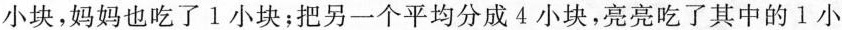
小块，妈妈也吃了1小块；把另一个平均分成4小块，亮亮吃了其中的1小